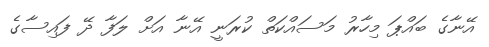
އޭނާގެ ބައްޕަ މިހާރު މަސައްކަތް ކުރަނީ އޭނާ އަށް ލަފާ ދޭ ފައިސާގެ